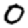
Digit: 0